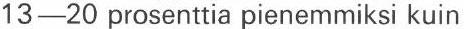
13-20 prosenttia pienemmiksi kuin